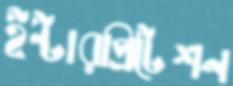
ইন্টারপ্রিটেশন